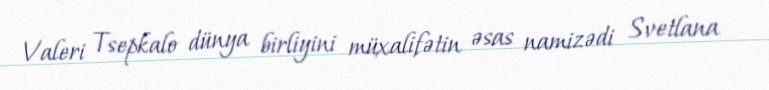
Valeri Tsepkalo dünya birliyini müxalifətin əsas namizədi Svetlana